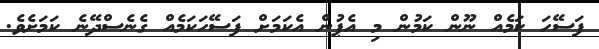
ފަސޭހަ ކަމެއް ނޫން ކަމުން މި އެޕުން އެކަމަށް ފަސޭހަކަމެއް ގެނެސްދޭނެ ކަމަށެވެ.